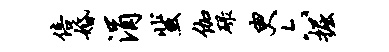
倍婚涓蜚伽碌臾六掘